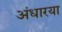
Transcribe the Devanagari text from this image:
अंधारया